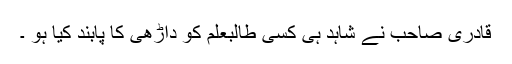
قادری صاحب نے شاہد ہی کسی طالبعلم کو داڑھی کا پابند کیا ہو ۔